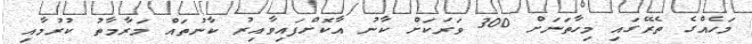
މަހެއްގެ ތެރޭގައި މިހާތަނަށް 300 ވަރަކަށް ކާނު އާކޮށްފައިވާއިރު ކާނުތައް މަރާމާތު ކުރުމާއި